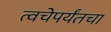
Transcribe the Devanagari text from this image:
त्वचेपर्यंतचा